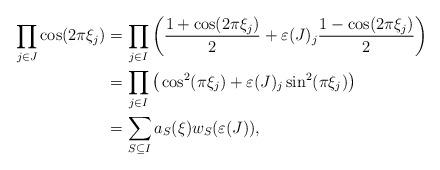
LaTeX: \begin{align*}\prod_{j\in J} \cos(2\pi \xi_j)&=\prod_{j\in I}\bigg(\frac{1+\cos (2\pi \xi_j)}{2}+\varepsilon(J)_j\frac{1-\cos (2\pi \xi_j)}{2}\bigg)\\&=\prod_{j\in I}\big(\cos^2 (\pi \xi_j)+\varepsilon(J)_j\sin^2(\pi \xi_j)\big)\\&=\sum_{S\subseteq I}a_S(\xi)w_S(\varepsilon(J)),\end{align*}